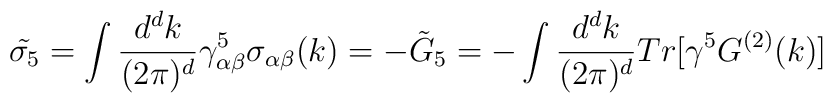
\tilde{\sigma_{5}}=\int {d^{d}k\over (2\pi)^{d}}\gamma^{5}_{\alpha\beta}\sigma_{\alpha\beta}(k)=-\tilde{G}_{5}=-\int {d^{d}k\over (2\pi )^{d}}Tr[\gamma^{5}G^{(2)}(k)]